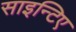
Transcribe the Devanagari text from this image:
साइन्टिए